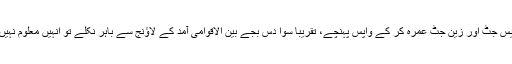
جدہ سے آنے والی پرواز سے نفیس جٹ اور زین جٹ عمرہ کر کے واپس پہنچے، تقریبا سوا دس بجے بین الاقوامی آمد کے لاؤنج سے باہر نکلے تو انہیں معلوم نہیں تھا کہ سامنے موت کھڑی ہے۔